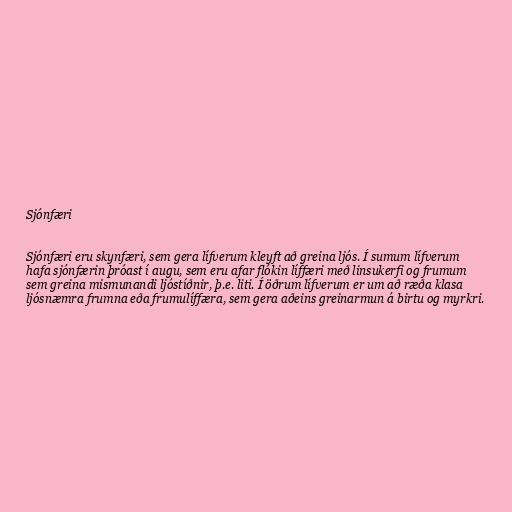
Sjónfæri

Sjónfæri eru skynfæri, sem gera lífverum kleyft að greina ljós. Í sumum lífverum
hafa sjónfærin þróast í augu, sem eru afar flókin líffæri með linsukerfi og frumum
sem greina mismunandi ljóstíðnir, þ.e. liti. Í öðrum lífverum er um að ræða klasa
ljósnæmra frumna eða frumulíffæra, sem gera aðeins greinarmun á birtu og myrkri.